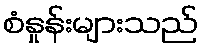
စံနှုန်းများသည်